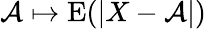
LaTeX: \mathcal{A}\mapsto\operatorname{E}(|X-\mathcal{A}|)